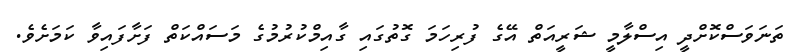
ތަނަވަސްކޮށްދީ އިސްލާމީ ޝަރީއަތް އޭގެ ފުރިހަމަ ގޮތުގައި ގާއިމްކުރުމުގެ މަސައްކަތް ފަށާފައިވާ ކަމަށެވެ.